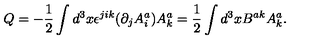
Q = - \frac { 1 } { 2 } \int d ^ { 3 } x \epsilon ^ { j i k } ( \partial _ { j } A _ { i } ^ { a } ) A _ { k } ^ { a } = \frac { 1 } { 2 } \int d ^ { 3 } x B ^ { a k } A _ { k } ^ { a } .